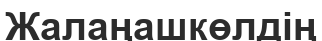
Жалаңашкөлдің